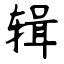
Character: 辑